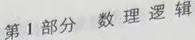
第 1 部分 数理逻辑